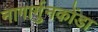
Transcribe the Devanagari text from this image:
नागार्गुनकोंडा